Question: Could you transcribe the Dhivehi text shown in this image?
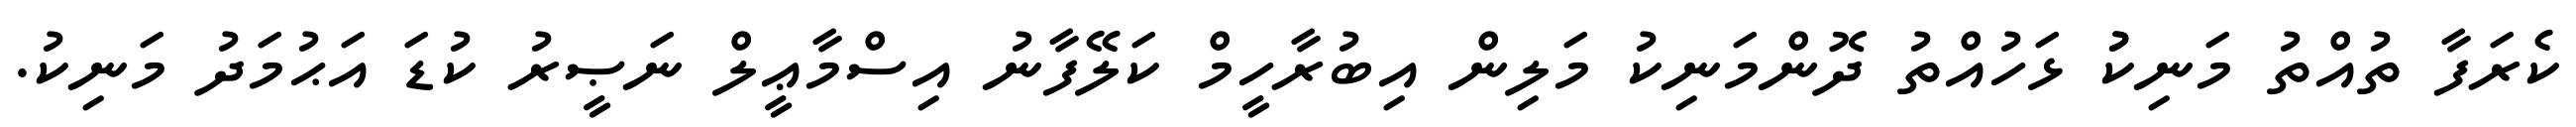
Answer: ކެރަފާ ތުއްތު މަނިކުު ޅަހުއްތު ދޮންމަނިކު މަލިން އިބުރާހީމް ކަލޭފާނު އިސްމާޢީލް ނަޞީރު ކުޑަ އަޙުމަދު މަނިކު.